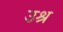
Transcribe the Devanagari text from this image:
उश्र